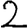
Digit: 2